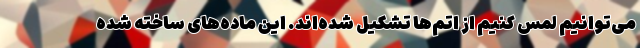
می‌توانیم لمس کنیم از اتم‌ها تشکیل شده‌اند. این ماده‌های ساخته شده